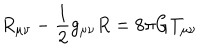
R _ { \mu \nu } - \frac { 1 } { 2 } g _ { \mu \nu } R = 8 \pi G T _ { \mu \nu }